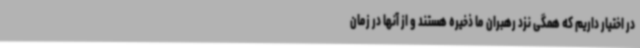
در اختیار داریم که همگی نزد رهبران ما ذخیره هستند و از آنها در زمان